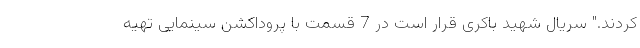
کردند." سریال شهید باکری قرار است در 7 قسمت با پروداکشن سینمایی تهیه